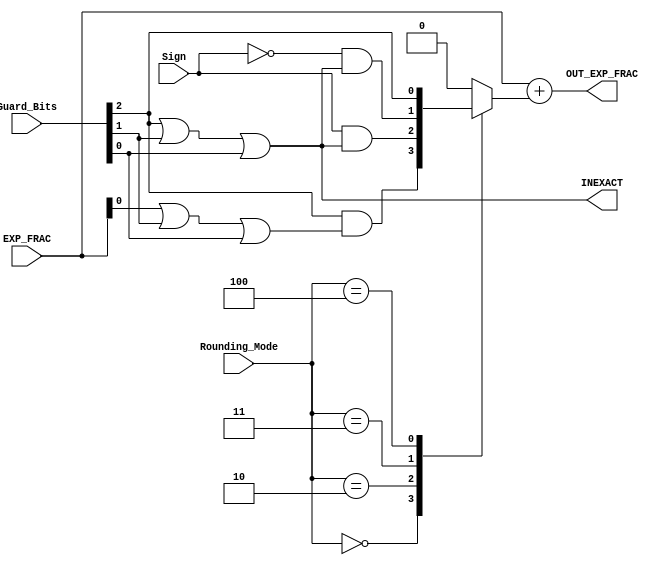
//******************************************************************************
// Copyright (c) 2018 - 2023, Indian Institute of Science, Bangalore.
// All Rights Reserved. See LICENSE for license details.
//------------------------------------------------------------------------------

// Contributors // Manish Kumar(manishkumar5@iisc.ac.in), Shubham Yadav(shubhamyadav@iisc.ac.in)
// Sajin S (sajins@alum.iisc.ac.in), Shubham Sunil Garag (shubhamsunil@alum.iisc.ac.in)
// Anuj Phegade (anujphegade@alum.iisc.ac.in), Deepshikha Gusain (deepshikhag@alum.iisc.ac.in)
// Ronit Patel (ronitpatel@alum.iisc.ac.in), Vishal Kumar (vishalkumar@alum.iisc.ac.in)
// Kuruvilla Varghese (kuru@iisc.ac.in)
//******************************************************************************
`timescale 1ns / 1ps

`define RNE 3'b000
`define RZ  3'b001
`define RDN 3'b010
`define RUP 3'b011
`define RMM 3'b100

module Rounding_Mode_DP
(
    input  wire [64:0] EXP_FRAC,
    input  wire [2:0] Rounding_Mode,
    input  wire [2:0] Guard_Bits,
    input  wire Sign,
    output reg  [64:0] OUT_EXP_FRAC,
    output reg  INEXACT
);

wire LSB;
wire Guard;
wire Round;
wire Sticky;
reg Add_Rounding_Bit;

assign LSB = EXP_FRAC[0];
assign Guard = Guard_Bits[2];
assign Round = Guard_Bits[1];
assign Sticky = Guard_Bits[0];

always @(*) begin
    case(Rounding_Mode)
        `RNE : begin
                Add_Rounding_Bit <= Guard & (LSB | Round | Sticky);
                end
        `RZ  : begin
                Add_Rounding_Bit <= 1'b0;
                end
        `RDN : begin
                Add_Rounding_Bit <= Sign & (Guard | Round | Sticky);
                end
        `RUP : begin
                Add_Rounding_Bit <= (~Sign) & (Guard | Round | Sticky);
                end
        `RMM : begin
                Add_Rounding_Bit <= Guard;
                end
        default: begin
                Add_Rounding_Bit <= 1'b0;
                end
    endcase
end

always @(*) begin
    OUT_EXP_FRAC = EXP_FRAC + {64'b0000000000000000000000000000000000000000000000000000000000000000, Add_Rounding_Bit};

    INEXACT <= (Guard | Round | Sticky);
end
endmodule